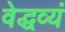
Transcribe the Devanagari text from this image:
वेद्धव्यं